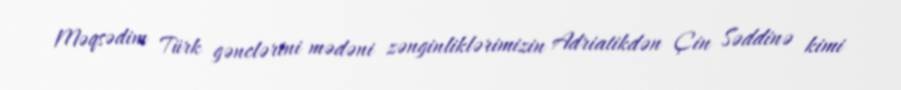
Məqsədim Türk gənclərini mədəni zənginliklərimizin Adriatikdən Çin Səddinə kimi